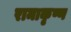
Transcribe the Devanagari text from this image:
रामाकृष्ण